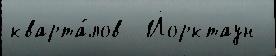
кварта́лов  Йорктаун